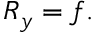
R _ { y } = f .